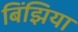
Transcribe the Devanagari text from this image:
बिंझिया